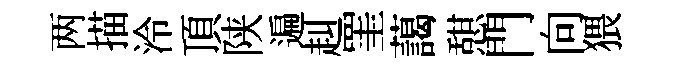
两描泠頂陕遍赳罣藹憇門向猥